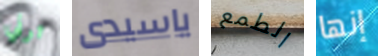
ترني ياسيدى الطمع إنها